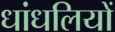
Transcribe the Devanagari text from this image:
धांधलियों